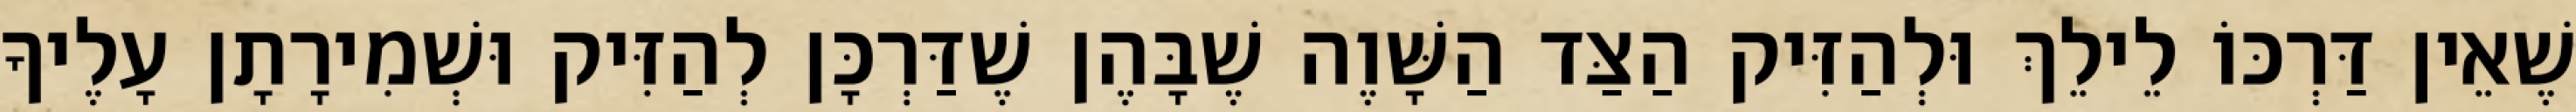
שֶׁאֵין דַּרְכּוֹ לֵילֵךְ וּלְהַזִּיק הַצַּד הַשָּׁוֶה שֶׁבָּהֶן שֶׁדַּרְכָּן לְהַזִּיק וּשְׁמִירָתָן עָלֶיךָ